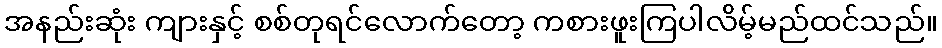
အနည်းဆုံး ကျားနှင့် စစ်တုရင်လောက်တော့ ကစားဖူးကြပါလိမ့်မည်ထင်သည်။